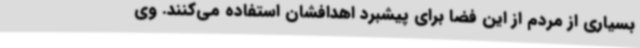
بسیاری از مردم از این فضا برای پیشبرد اهدافشان استفاده می‌کنند. وی